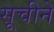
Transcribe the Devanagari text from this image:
सूचीने